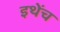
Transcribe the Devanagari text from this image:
इथेंच